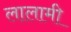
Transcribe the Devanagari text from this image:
लालामी